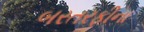
બરતરફીના